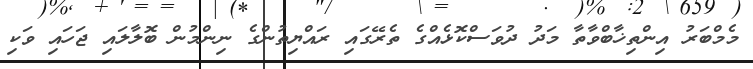
މެމްބަރު އިންތިޚާބްވާތާ މަދު ދުވަސްކޮޅެއްގެ ތެރޭގައި ރައްޔިތުންގެ ނިންމުން ބޮލާލައި ޖަހައި ވަކި